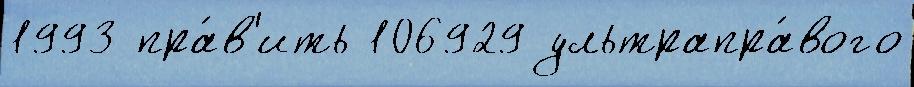
1993 пра́в'ить 106929 ультрапра́вого